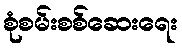
စုံစမ်းစစ်ဆေးရေး